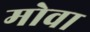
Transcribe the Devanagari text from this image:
मोवा